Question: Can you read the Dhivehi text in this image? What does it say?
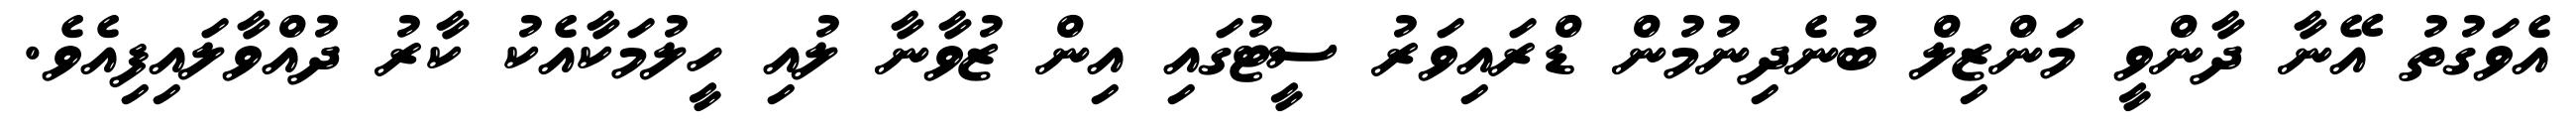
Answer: އެވަގުތު އޭނާ ދާންވީ މަންޒިލް ބުނެދިނުމުން ޑްރައިވަރު ސީޓުގައި އިން ޒުވާނާ ލުއި ހީލުމަކާއެކު ކާރު ދުއްވާލައިފިއެވެ.